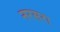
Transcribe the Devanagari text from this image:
नरसरा